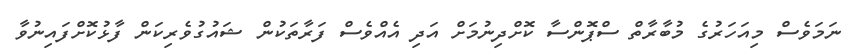
ނަމަވެސް މިއަހަރުގެ މުބާރާތް ސްޕޮންސާ ކޮށްދިނުމަށް އަދި އެއްވެސް ފަރާތަކުން ޝައުގުވެރިކަން ފާޅުކޮށްފައިނުވާ